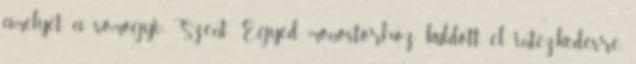
amelyet a somogyi Szent Egyed monostorhoz küldött el intézkedésre.